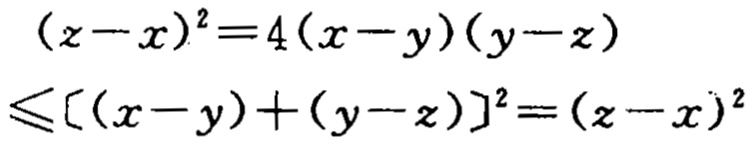
\((z - x)^2 = 4(x - y)(y - z)\)
\(\leqslant[(x - y)+(y - z)]^2=(z - x)^2\)